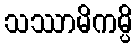
သဿာမိကမ္ပိ